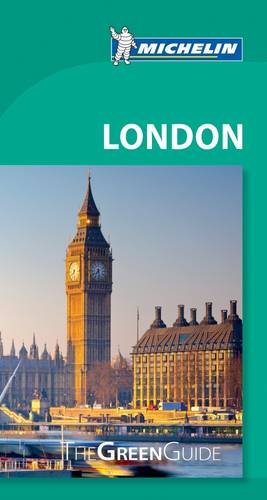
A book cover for Michelin Green Guide London (Green Guide/Michelin); Michelin Travel & Lifestyle; Travel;